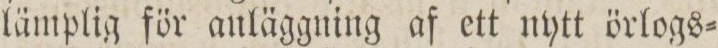
lämplig för anläggning af ett nytt örlogs=